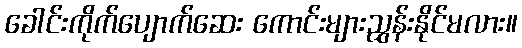
ခေါင်းကိုက်ပျောက်ဆေး ကောင်းများညွှန်းနိုင်မလား။